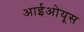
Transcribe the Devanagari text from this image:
आईओयूस